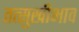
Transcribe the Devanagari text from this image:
तत्सुखीभाव